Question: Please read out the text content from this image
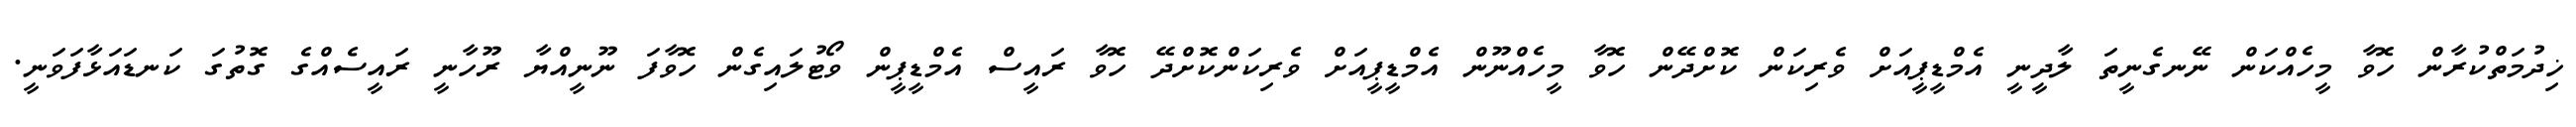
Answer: ޚިދުމަތްކުރާން ހޮވާ މީހެއްކަން ނޭނގެނީތަ ލާދީނީ އެމްޑީޕީއަށް ވެރިކަން ކޮށްދޭން ހޮވާ މީހެއްނޫން އެމްޑީޕީއަށް ވެރިކަންކޮށްދޭ ހޮވާ ރައީސް އެމްޑީޕީން ވޯޓުލައިގެން ހޮވާފަ ނޫނީއްޔާ ރޫހާނީ ރައީސެއްގެ ގޮތުގަ ކަނޑައަޅާފަވަނީ.